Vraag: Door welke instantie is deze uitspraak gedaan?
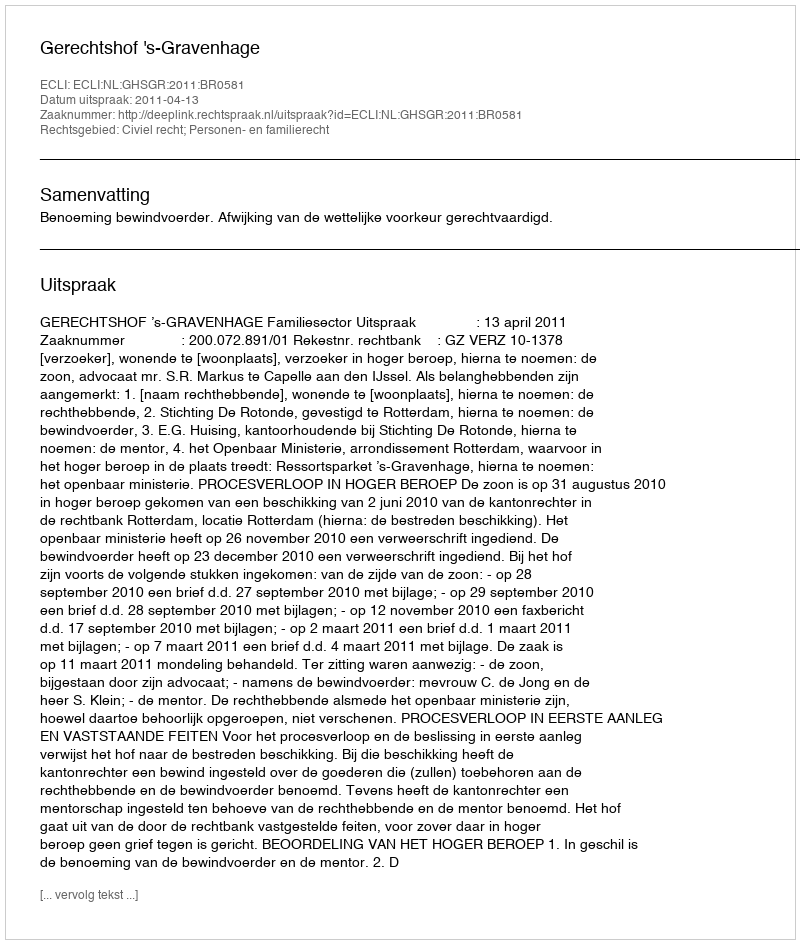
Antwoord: Gerechtshof 's-Gravenhage